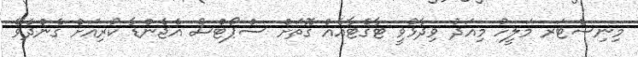
މިނިސްޓަރ މަލީހު މިއަދު ވިދާޅުވީ ޓާގެޓާއެއް ގޮތަށް ސްޕޯޓްސް އެޖެންޑާ ކުރިއަށް ގެންދެވޭ